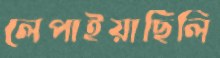
লেপাইয়াছিলি